Treatise on elephants
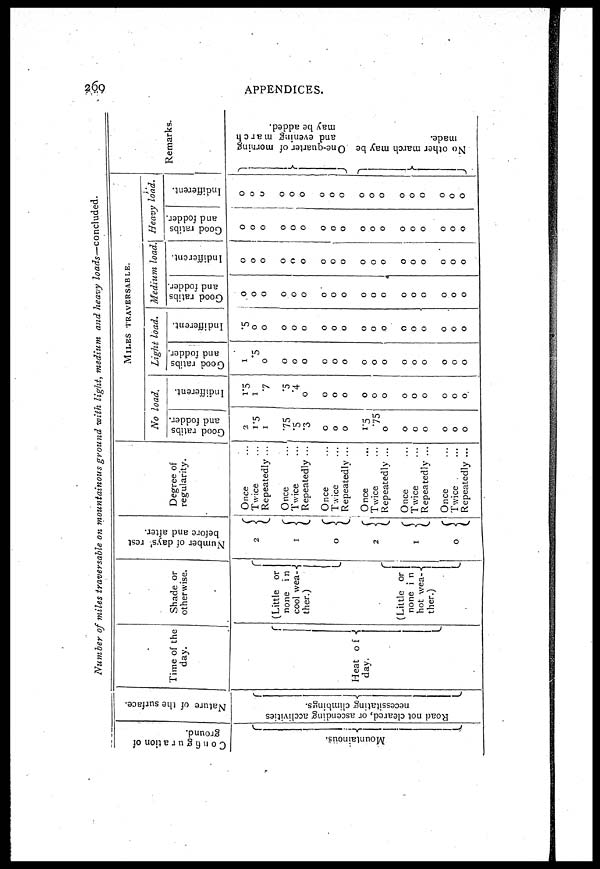
260
APPENDICES.
Number of miles traversable on mountainous ground with light, medium and heavy loads-concluded.
Configuration of
ground.
Mo u n ta
in
o u s
.
Nature of the surface.
Roa d not cleared, or ascending acclivities
necessitating climbings.
Time of the
day.
Heat of
day.
Shade or
otherwise.
(Little or
none in
cool wea-
ther.)
(Little or
none in
hot wea-
ther.)
Number of days' rest
before and after.
2
1
0
2
1
0
Degree of
regularity.
Once ...
Twice ...
Repeatedly ...
Once ...
Twice ...
Repeatedly ...
Once ...
Twice ...
Repeatedly ...
Once ...
Twice ...
Repeatedly ...
Once ...
Twice ...
Repeatedly ...
Once ...
Twice ...
Repeatedly ...
MILES TRAVERSABLE.
No load.
Good ralibs
and fodder.
2
1.5
1
75
.5
3
0
0
0
1.5
.75
0
0
0
0
0
0
0
Indifferent.
1.5
1
7
.5
.4
0
0
0
0
0 0
0
0
0
0
0
0
0
Light load.
Good ratibs
and fodder.
1
.5
0
0
0
0
0
0
0
0
0
0
0
0
0
0
0
0
Indifferent.
5
0
0
0
0
0
0
0
0
0
0
0
0
0
0
0
0
0
Medium load.
Good ratibs
and fodder.
0
0
0
0
0
0
0
0
0
0
0
0
0
0
0
0
0 0
Indifferent.
0
0
0
0
0
0
0
0
0
0
0
0
0
0
0
0
0
0
Heavy load.
Good ratibs
and fodder
0
0
0
0
0
0
0
0
0
0
0
0
0
0
0
0
0
0
Indifferent.
0
0
0
0
0
0
0
0
0
0
0
0
0
0
0
0
0
0
Remarks.
One -
qua r
t
e r of morning
and evening march
may be added.
No o t h e r m a r c h may be
made.